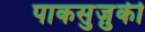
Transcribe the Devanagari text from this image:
पाकसुज़ुकी